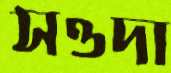
সওদা